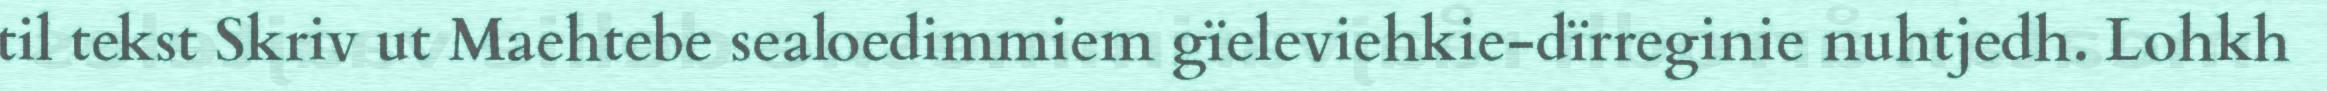
til tekst Skriv ut Maehtebe sealoedimmiem gïeleviehkie-dïrreginie nuhtjedh. Lohkh